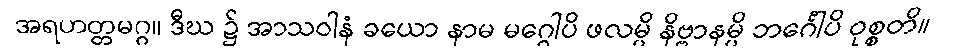
အရဟတ္တမဂ္ဂ။ ဒီဃ ၌ အာသဝါနံ ခယော နာမ မဂ္ဂေါပိ ဖလမ္ပိ နိဗ္ဗာနမ္ပိ ဘင်္ဂေါပိ ဝုစ္စတိ။